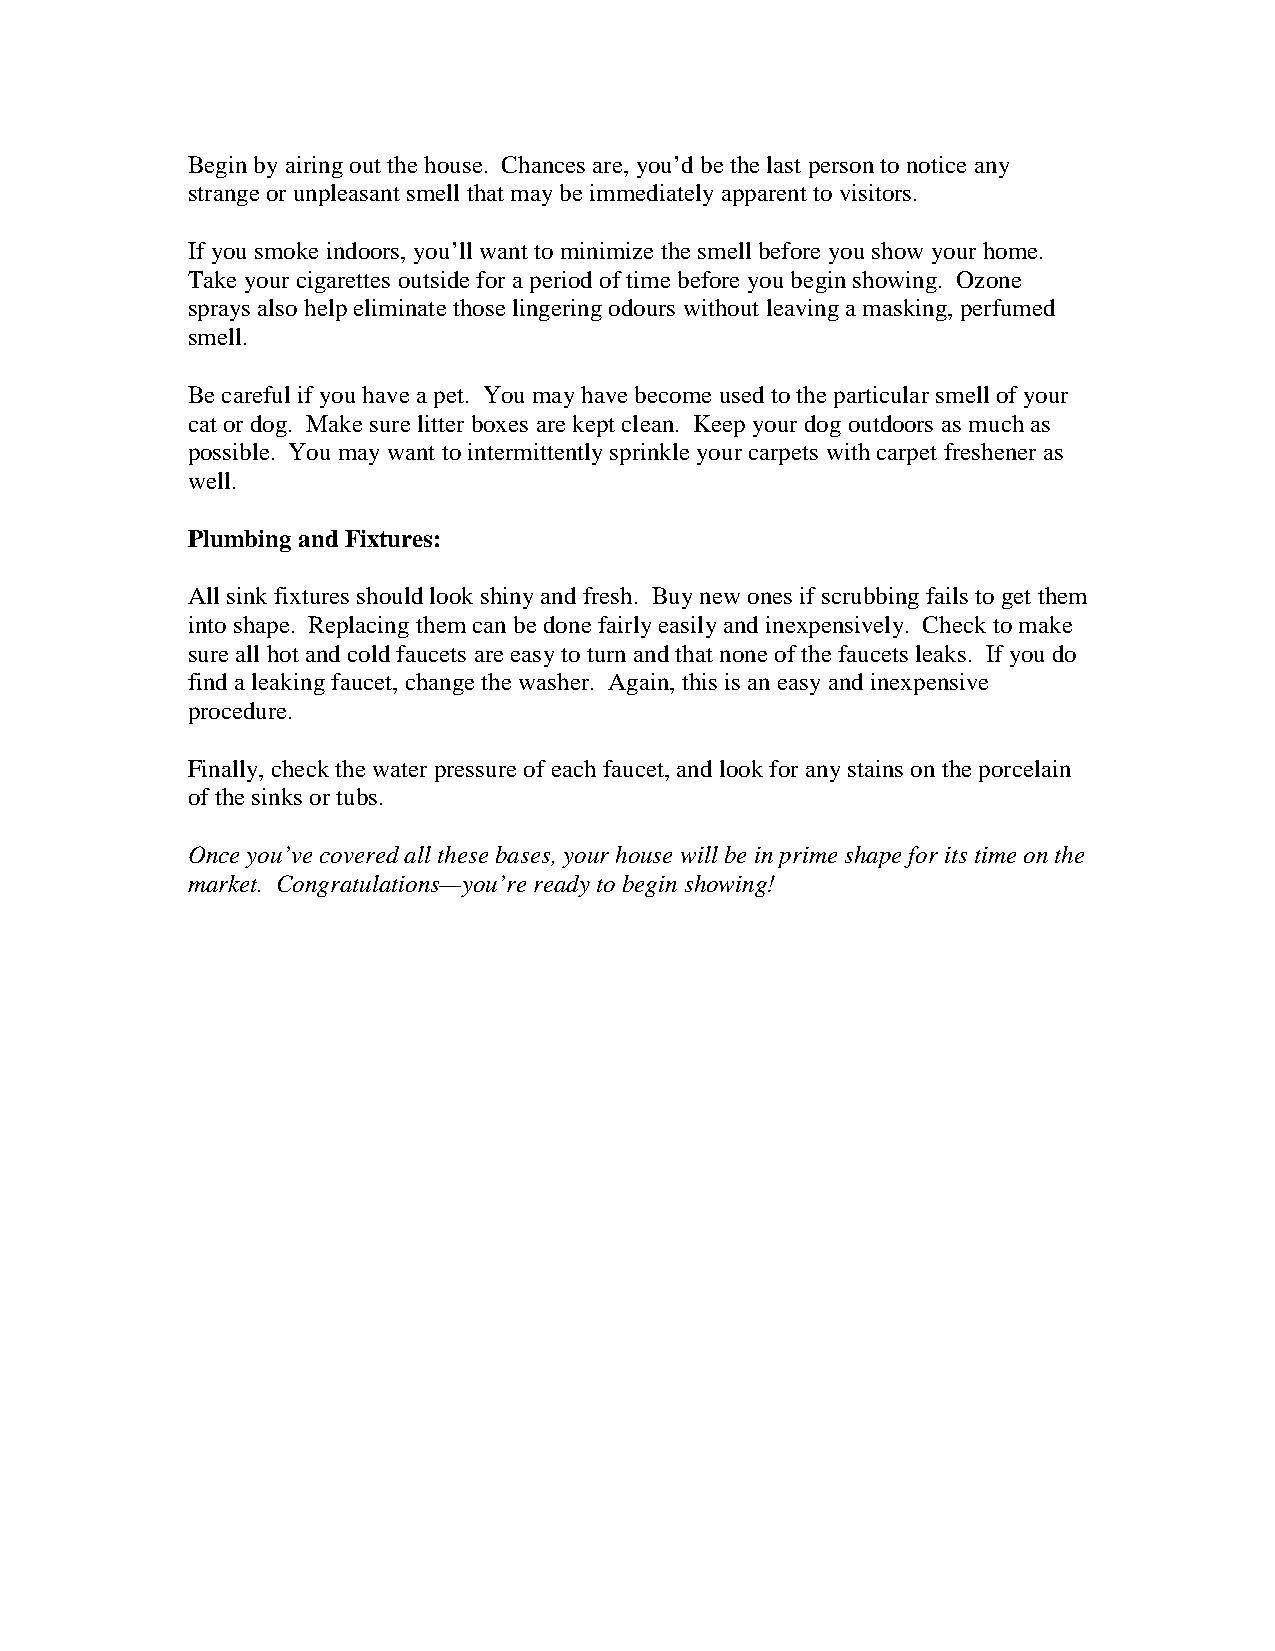
Begin by airing out the house. Chances are, you’d be the last person to notice any
 strange or unpleasant smell that may be immediately apparent to visitors.
 If you smoke indoors, you’ll want to minimize the smell before you show your home.
 Take your cigarettes outside for a period of time before you begin showing. Ozone
 sprays also help eliminate those lingering odours without leaving a masking, perfumed
 smell.
 Be careful if you have a pet. You may have become used to the particular smell of your
 cat or dog. Make sure litter boxes are kept clean. Keep your dog outdoors as much as
 possible. You may want to intermittently sprinkle your carpets with carpet freshener as
 well.
 Plumbing and Fixtures:
 All sink fixtures should look shiny and fresh. Buy new ones if scrubbing fails to get them
 into shape. Replacing them can be done fairly easily and inexpensively. Check to make
 sure all hot and cold faucets are easy to turn and that none of the faucets leaks. If you do
 find a leaking faucet, change the washer. Again, this is an easy and inexpensive
 procedure.
 Finally, check the water pressure of each faucet, and look for any stains on the porcelain
 of the sinks or tubs.
 Once you’ve covered all these bases, your house will be in prime shape for its time on the
 market. Congratulations—you’re ready to begin showing!